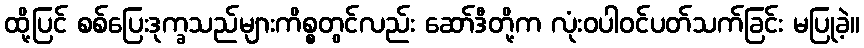
ထို့ပြင် စစ်ပြေးဒုက္ခသည်များကိစ္စတွင်လည်း ဆော်ဒီတို့က လုံးဝပါဝင်ပတ်သက်ခြင်း မပြုခဲ့။